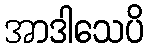
အာဒါသေပိ